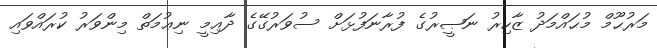
މަރުޙޫމް މުޙައްމަދު ޒާހިރު ނަޞީރުގެ ފުރާނަފުޅަށް ސުވަރުގޭގެ ދާޢިމީ ނިޢުމަތް މިންވަރު ކުރައްވައި